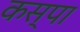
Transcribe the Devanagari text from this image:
कस्पा